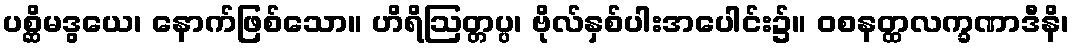
ပစ္ဆိမဒွယေ၊ နောက်ဖြစ်သော။ ဟိရိဩတ္တပ္ပ၊ ဗိုလ်နှစ်ပါးအပေါင်း၌။ ဝစနတ္ထလက္ခဏာဒီနိ၊